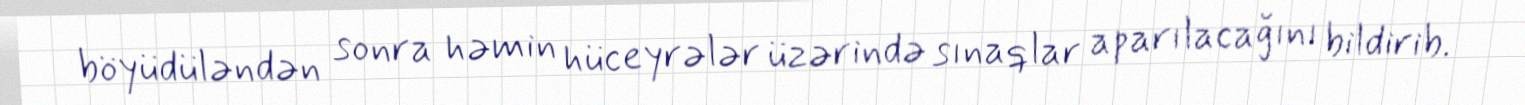
böyüdüləndən sonra həmin hüceyrələr üzərində sınaqlar aparılacağını bildirib.